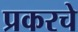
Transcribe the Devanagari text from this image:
प्रकरचे